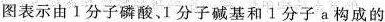
图表示由1分子磷酸、1分子碱基和1分子a构成的